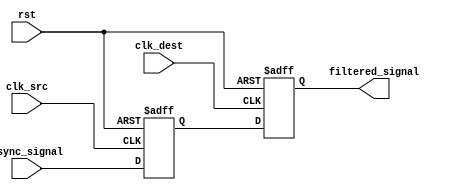
module metastability_filter (
    input wire rst,                // Active high reset signal
    input wire async_signal,       // Asynchronous input signal
    input wire clk_src,            // Source clock
    input wire clk_dest,           // Destination clock
    output reg filtered_signal      // Filtered output signal
);

    // Internal signals for the two flip-flops
    reg ff1_q;                     // Output of the first flip-flop
    reg ff2_q;                     // Output of the second flip-flop

    // First flip-flop (source clock domain)
    always @(posedge clk_src or posedge rst) begin
        if (rst) begin
            ff1_q <= 1'b0;         // Reset the flip-flop to a known state
        end else begin
            ff1_q <= async_signal; // Sample the asynchronous signal
        end
    end

    // Second flip-flop (destination clock domain)
    always @(posedge clk_dest or posedge rst) begin
        if (rst) begin
            ff2_q <= 1'b0;         // Reset the flip-flop to a known state
        end else begin
            ff2_q <= ff1_q;        // Sample the output of the first flip-flop
        end
    end

    // Assign the output signal
    assign filtered_signal = ff2_q;

endmodule